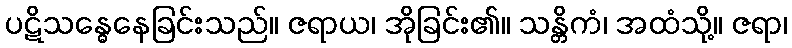
ပဋိသန္ဓေနေခြင်းသည်။ ဇရာယ၊ အိုခြင်း၏။ သန္တိကံ၊ အထံသို့။ ဇရာ၊